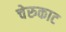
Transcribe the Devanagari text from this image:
चेरुकाट